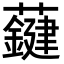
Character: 𧃑